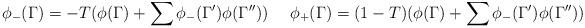
LaTeX: \begin{align*} \phi_-(\Gamma)=-T (\phi(\Gamma) +\sum \phi_-(\Gamma') \phi(\Gamma'')) \ \ \ \ \phi_+(\Gamma)=(1-T)(\phi(\Gamma) +\sum \phi_-(\Gamma') \phi(\Gamma''))\end{align*}